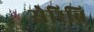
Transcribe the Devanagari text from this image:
सेरिब्रि